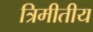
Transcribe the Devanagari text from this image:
त्रिमीतीय